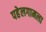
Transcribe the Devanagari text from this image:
पहेलगामला